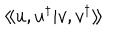
LaTeX: \langle \! \langle u , u ^ { \dagger } | { v } , { v } ^ { \dagger } \rangle \! \rangle